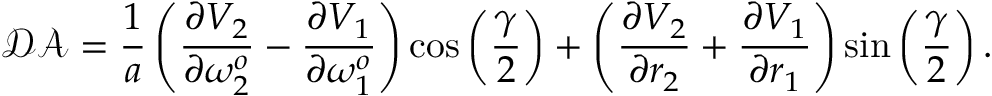
\mathcal { D A } = \frac { 1 } { a } \left( \frac { \partial V _ { 2 } } { \partial \omega _ { 2 } ^ { o } } - \frac { \partial V _ { 1 } } { \partial \omega _ { 1 } ^ { o } } \right) \cos \left( \frac { \gamma } { 2 } \right) + \left( \frac { \partial V _ { 2 } } { \partial r _ { 2 } } + \frac { \partial V _ { 1 } } { \partial r _ { 1 } } \right) \sin \left( \frac { \gamma } { 2 } \right) .